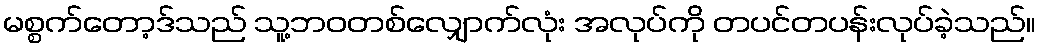
မစ္စက်တော့ဒ်သည် သူ့ဘဝတစ်လျှောက်လုံး အလုပ်ကို တပင်တပန်းလုပ်ခဲ့သည်။